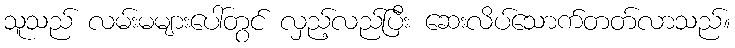
သူသည် လမ်းမများပေါ်တွင် လှည့်လည်ပြီး ဆေးလိပ်သောက်တတ်လာသည်။